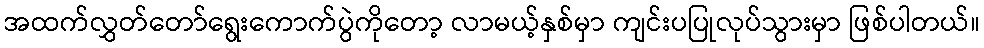
အထက်လွှတ်တော်ရွေးကောက်ပွဲကိုတော့ လာမယ့်နှစ်မှာ ကျင်းပပြုလုပ်သွားမှာ ဖြစ်ပါတယ်။